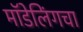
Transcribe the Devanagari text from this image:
मॉडेलिंगचा